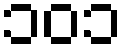
၁၀၁